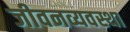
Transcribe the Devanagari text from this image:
जीवनव्यवस्था